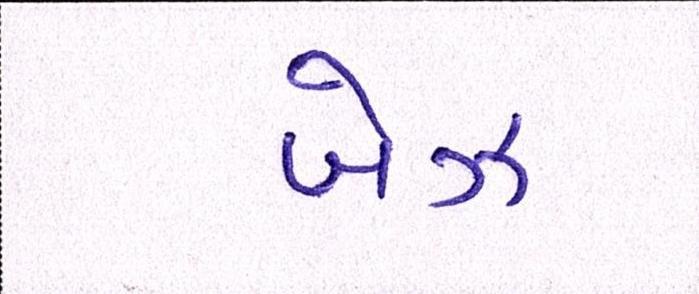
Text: બેઝ